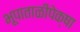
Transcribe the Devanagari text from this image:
भूपाताळीपेक्षा